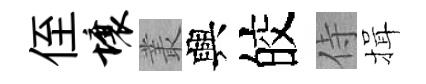
侄壤叢興皎侍揖